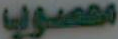
معصوب